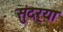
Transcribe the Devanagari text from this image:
सुंदर्‍या